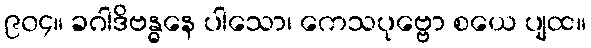
၉၀၄။ ခဂါဒိဗန္ဓနေ ပါသော၊ ကေသပုဗ္ဗော စယေ ပျထ။